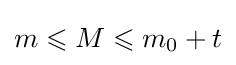
m\leqslant M\leqslant m_{0}+t